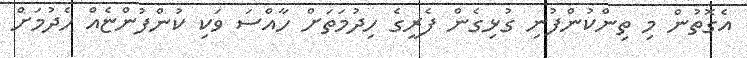
އެގޮތުން މި ތިންކުންފުނި ގުޅިގެން ފެރީގެ ހިދުމަތަށް ހާއްސަ ވަކި ކުންފުންޏެއް ހެދުމަށް